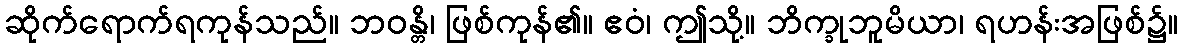
ဆိုက်ရောက်ရကုန်သည်။ ဘဝန္တိ၊ ဖြစ်ကုန်၏။ ဧဝံ၊ ဤသို့။ ဘိက္ခုဘူမိယာ၊ ရဟန်းအဖြစ်၌။